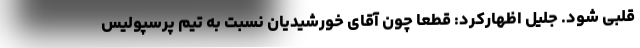
قلبی شود. جلیل اظهارکرد: قطعا چون آقای خورشیدیان نسبت به تیم پرسپولیس